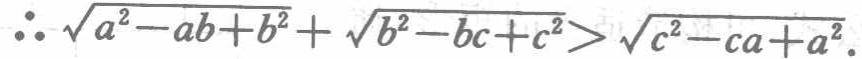
\(\therefore \sqrt{a^{2}-ab + b^{2}}+\sqrt{b^{2}-bc + c^{2}}>\sqrt{c^{2}-ca + a^{2}}.\)